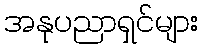
အနုပညာရှင်များ